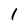
Character: 1